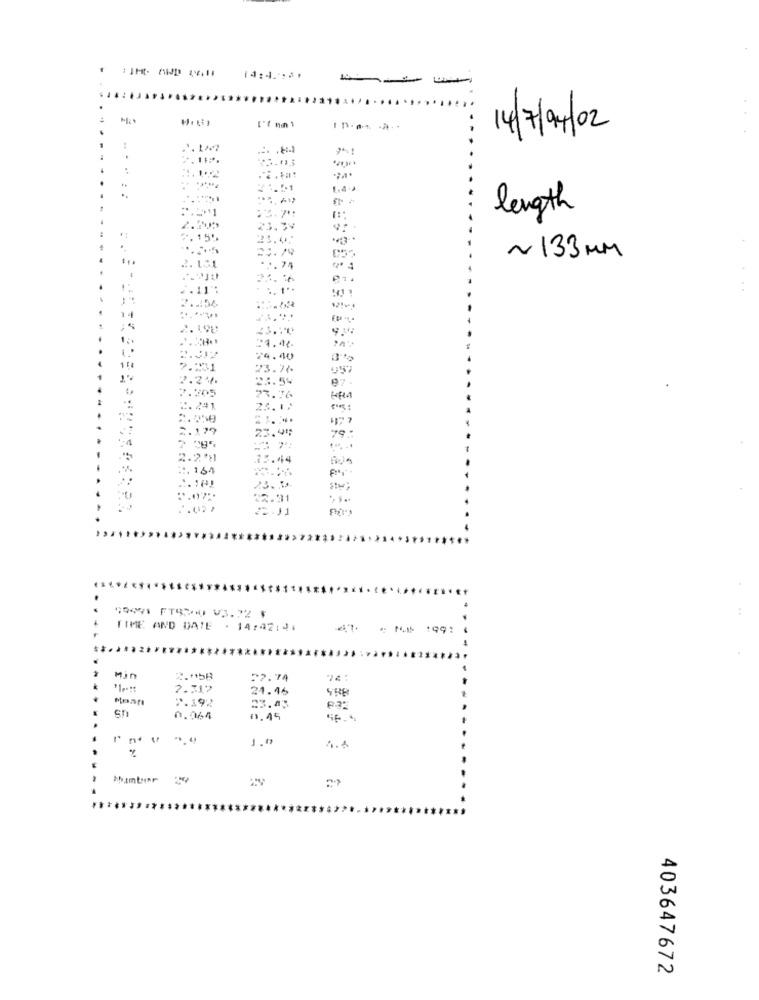
14:4.1961
--- -
147/04/02
:
. ....
31.51
length
23.34
7.155
23.0.
~ 133MM
*1.74
21.16
. 11":
2. 198
24.40
2.131
23.76
7.24.
23.54
7.205
23.16
2.241
23.12
2.179
23.49
79.
2 095
2.2m
35.44
.. 164
23. 1.
22.31
TIME AND DATE - 14:22:41
: MS 1991
Mir
2 .* 58
7.317
21.46
Moan
2.192
23.43
sn
0.064
0.45
1.0
hambur
403647672